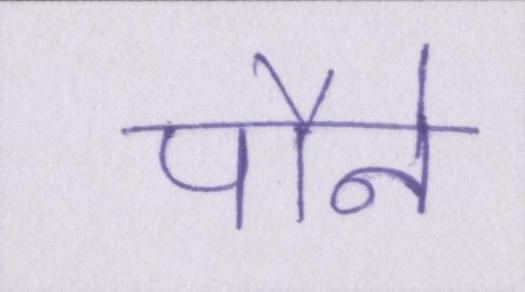
पौने